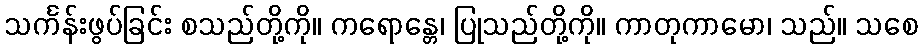
သင်္ကန်းဖွပ်ခြင်း စသည်တို့ကို။ ကရောန္တေ၊ ပြုသည်တို့ကို။ ကာတုကာမော၊ သည်။ သစေ